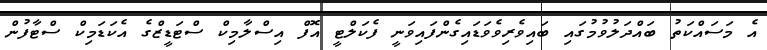
އެ މަސައްކަތު ބައްދަލުވުމުގައި ބައިވެރިވެވަޑައިގެންފައިވަނީ ފެކަލްޓީ އޮފް އިސްލާމިކް ސްޓަޑީޒްގެ އެކަޑަމިކް ސްޓާފުން